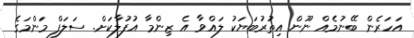
އަހަރެން ބޭނުމެއް ނޫން އިތުރުބަޔަކު ލައްވާ އެ ޒިންމާ އުފުލާކަށް. ސަލަފް މަންމަގެ